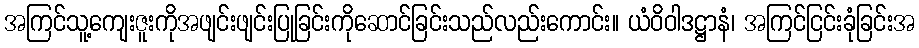
အကြင်သူ့ကျေးဇူးကိုအဖျင်းဖျင်းပြုခြင်းကိုဆောင်ခြင်းသည်လည်းကောင်း။ ယံဝိဝါဒဋ္ဌာနံ၊ အကြင်ငြင်းခုံခြင်းအ